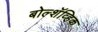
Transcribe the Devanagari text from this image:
बोल्शॅव्हिक